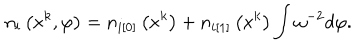
LaTeX: n _ { i } \left( x ^ { k } , \varphi \right) = n _ { i [ 0 ] } \left( x ^ { k } \right) + n _ { i [ 1 ] } \left( x ^ { k } \right) \int \omega ^ { - 2 } d \varphi .